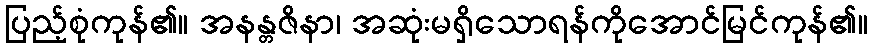
ပြည့်စုံကုန်၏။ အနန္တဇိနာ၊ အဆုံးမရှိသောရန်ကိုအောင်မြင်ကုန်၏။